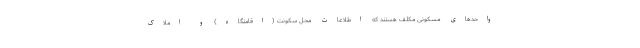
واحدهای مسکونی مکلف هستند که اطلاعات محل سکونت (اقامتگاه) و املاک